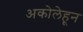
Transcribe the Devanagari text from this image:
अकोलेहून